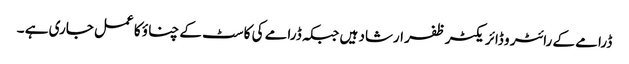
ڈرامے کے رائٹر و ڈائریکٹر ظفر ارشاد ہیں جبکہ ڈرامے کی کاسٹ کے چناؤ کا عمل جاری ہے ۔